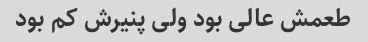
طعمش عالی بود ولی پنیرش کم بود